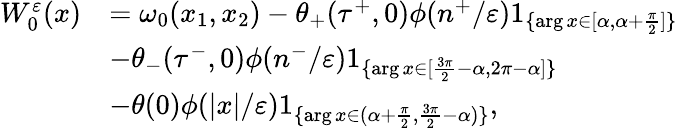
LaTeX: \begin{array}{rl}{W_{0}^{\varepsilon}(x)}&{=\omega_{0}(x_{1},x_{2})-\theta_{+}(\tau^{+},0)\phi(n^{+}/\varepsilon)1_{\{ \arg x\in[\alpha,\alpha+\frac{\pi}{2}]\} }}\\ &{-\theta_{-}(\tau^{-},0)\phi(n^{-}/\varepsilon)1_{\{ \arg x\in[\frac{3\pi}{2}-\alpha,2\pi-\alpha]\} }}\\ &{-\theta(0)\phi(|x|/\varepsilon)1_{\{ \arg x\in(\alpha+\frac{\pi}{2},\frac{3\pi}{2}-\alpha)\} },}\end{array}